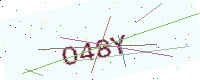
Text: O48Y